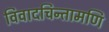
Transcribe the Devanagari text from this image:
विवादचिन्तामणि